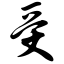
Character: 受